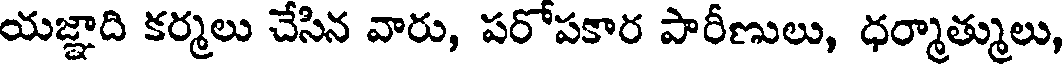
యజ్ఞాది కర్మలు చేసిన వారు, పరోపకార పారీణులు, ధర్మాత్ములు,